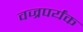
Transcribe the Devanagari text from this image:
वज्रपर्यंक